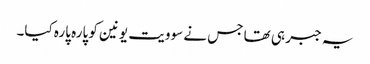
یہ جبر ہی تھا جس نے سوویت یونین کو پارہ پارہ کیا۔